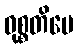
ဝုစ္စတိပေ